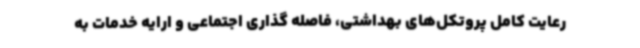
رعایت کامل پروتکل‌های بهداشتی، فاصله گذاری اجتماعی و ارایه خدمات به